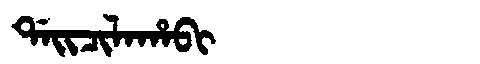
Manchu: ᡩᠠᡳᠴᡳᠯᠠᡥᠠᠪᡳ
Romanization: DAICILAHABI